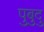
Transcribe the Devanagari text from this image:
पुबुदु